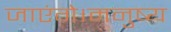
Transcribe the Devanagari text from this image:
जाएंगे।मनुष्य